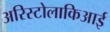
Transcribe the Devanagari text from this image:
अरिस्टोलाकिआई